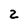
Character: 2